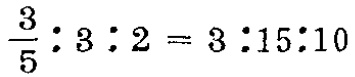
$\frac{3}{5}:3:2 = 3:15:10$